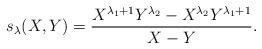
LaTeX: \begin{align*} s_\lambda(X,Y) = \frac{X^{\lambda_1+1}Y^{\lambda_2}- X^{\lambda_2}Y^{\lambda_1+1}}{X-Y}.\end{align*}